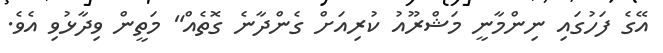
އޭގެ ފަހުގައި ނިންމާނީ މަޝްރޫއު ކުރިއަށް ގެންދާނެ ގޮތެއް" މަތީން ވިދާޅުވި އެވެ.